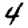
Digit: 4